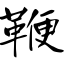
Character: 鞭